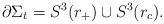
LaTeX: \begin{align*}\partial\Sigma_t = S^3(r_+) \cup S^3(r_c).\end{align*}